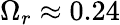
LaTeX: \Omega_{r}\approx 0.24